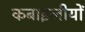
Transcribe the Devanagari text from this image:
क़बाइलीयों